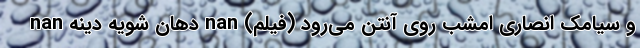
و سیامک انصاری امشب روی آنتن می‌رود (فیلم) nan دهان شویه دینه nan